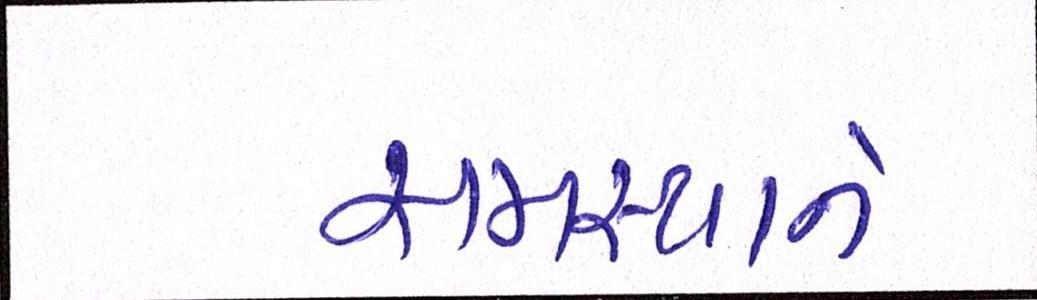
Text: સમસ્યાને